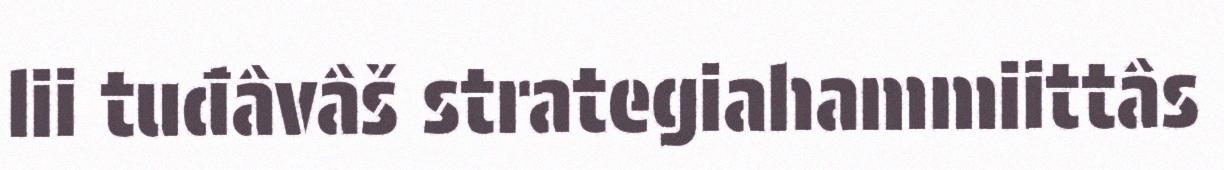
lii tuđâvâš strategiahammiittâs